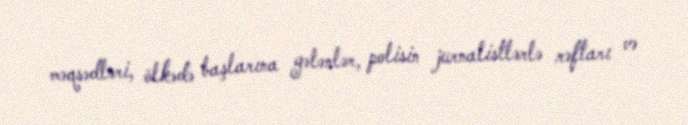
məqsədləri, ölkədə başlarına gələnlər, polisin jurnalistlərlə rəftarı və